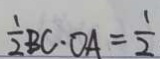
\frac { 1 } { 2 } B C \cdot O A = \frac { 1 } { 2 }